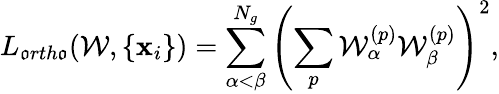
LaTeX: L_{\mathfrak{o}rth\mathfrak{o}}({\mathcal{W}},\{ \mathbf{x}_{i}\} )=\sum_{\alpha<\beta}^{N_{g}}\left(\sum_{p}{\mathcal{W}}_{\alpha}^{(p)}{\mathcal{W}}_{\beta}^{(p)}\right)^{2},